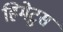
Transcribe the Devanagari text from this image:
हिमेटुस